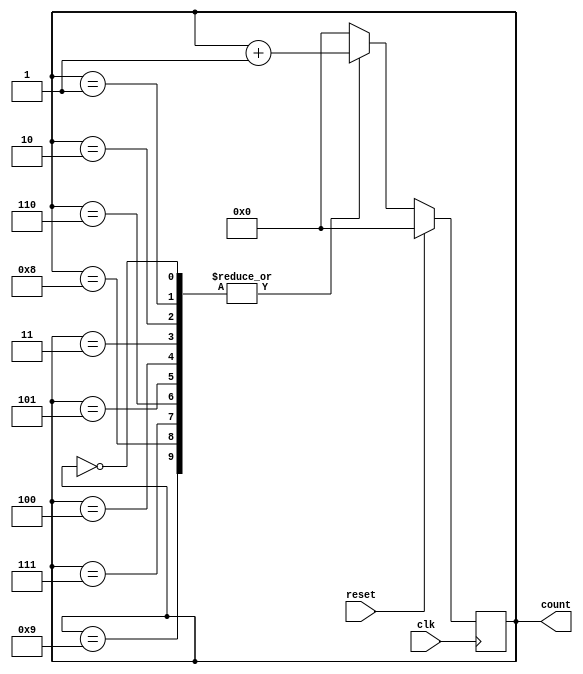
//File dec_counter.v

`timescale 1ns / 1ns

module dec_counter(count,clk,reset);
  input clk,reset;
  output reg [3:0] count;
  
  always @(posedge clk) begin
    if (reset) count <= 4'd0;
    else begin
      case (count)
        4'd0,4'd1,4'd2,4'd3,4'd4,4'd5,4'd6,
        4'd7,4'd8,4'd9: count <= count + 1;
        4'd10 : count <= 4'd0;
        default: count <= 4'd0;
      endcase
    end
  end
  
endmodule